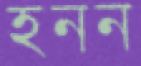
হনন